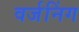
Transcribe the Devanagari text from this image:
वर्जनिंग